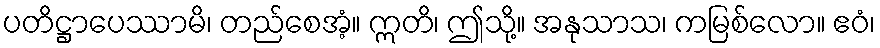
ပတိဋ္ဌာပေဿာမိ၊ တည်စေအံ့။ ဣတိ၊ ဤသို့။ အနုသာသ၊ ကမြစ်လော။ ဧဝံ၊